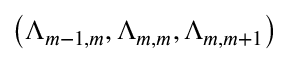
\left( \Lambda _ { m - 1 , m } , \Lambda _ { m , m } , \Lambda _ { m , m + 1 } \right)